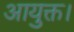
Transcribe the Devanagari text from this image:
आयुक्त।